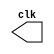
module clock(clk);
	output clk;
	reg clk;
	initial begin
		clk <= 0;
	end
	always
		begin
		#50
		clk <= ~clk;	
	end
endmodule
/*-------------------*/
module testbench_clock();
wire Clk;

clock My_clock(Clk);

initial begin
	#1 $monitor("clock: %b",Clk);
end
endmodule